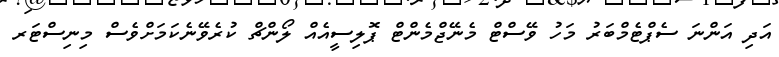
އަދި އަންނަ ސެޕްޓެމްބަރު މަހު ވޭސްޓް މެނޭޖްމެންޓް ޕޮލިސީއެއް ލޯންޗް ކުރެވޭނެކަމަށްވެސް މިނިސްޓަރ